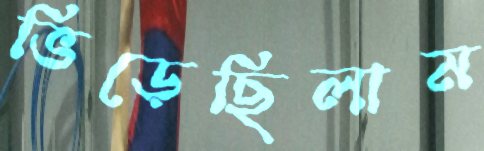
ভিড়েছিলাম